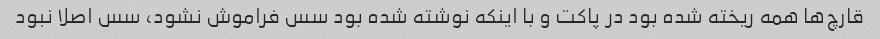
قارچ‌ها همه ریخته شده بود در پاکت و با اینکه نوشته شده بود سس فراموش نشود، سس اصلا نبود